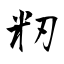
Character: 籾